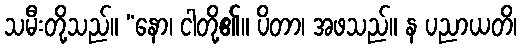
သမီးတို့သည်။ “နော၊ ငါတို့၏။ ပိတာ၊ အဖသည်။ န ပညာယတိ၊